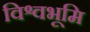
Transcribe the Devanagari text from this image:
विश्वभूमि